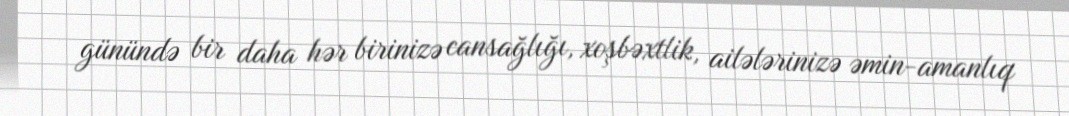
günündə bir daha hər birinizə cansağlığı, xoşbəxtlik, ailələrinizə əmin-amanlıq